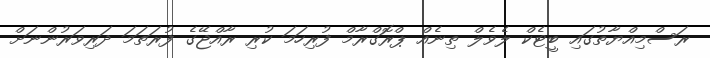
ރަސްމިއްޔާތުގައި ބީޓެކް ލެވެލް ތިނެއް ޕްރޮގްރާމް ފުރިހަމަ ކުރި ރާއްޖޭގެ ފުރަތަމަ ދަރިވަރުންނަށް